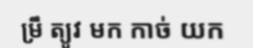
ម្រឹ ត្យូវ មក កាច់ យក